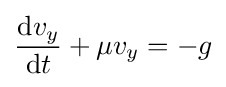
{\frac {\mathrm {d} v_{y}}{\mathrm {d} t}}+\mu v_{y}=-g